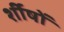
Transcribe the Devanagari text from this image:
र्शीषों